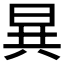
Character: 𮲡